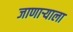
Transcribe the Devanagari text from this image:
जाणाऱ्याला